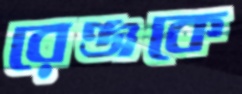
রেঞ্জকে